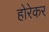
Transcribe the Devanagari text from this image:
होरेकर